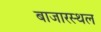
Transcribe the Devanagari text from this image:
बाजारस्थल